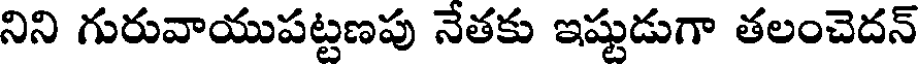
నిని గురువాయుపట్టణపు నేతకు ఇష్టుడుగా తలంచెదన్